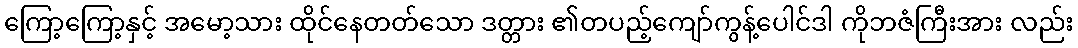
ကြော့ကြော့နှင့် အမော့သား ထိုင်နေတတ်သော ဒတ္တား ၏တပည့်ကျော်ကွန့်ပေါင်ဒါ ကိုဘဇံကြီးအား လည်း